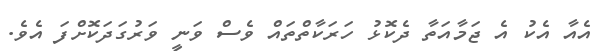
އެއާ އެކު އެ ޖަމާއަތާ ދެކޮޅު ހަރަކާތްތައް ވެސް ވަނީ ވަރުގަދަކޮށްފަ އެވެ.